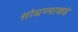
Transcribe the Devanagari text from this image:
शोधण्याकडे